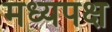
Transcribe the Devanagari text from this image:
मध्यपक्ष